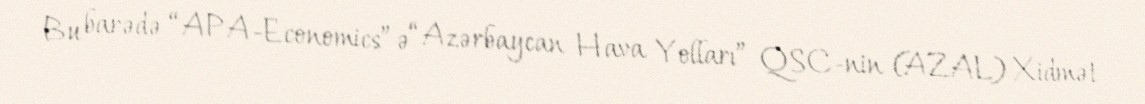
Bu barədə “APA-Economics”ə “Azərbaycan Hava Yolları” QSC-nin (AZAL) Xidmət